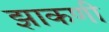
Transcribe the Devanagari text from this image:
झाकणी